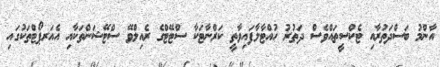
އާންމު ބަސްދަތުރާއި ޓެކްސީތައްވެސް ދަތުރު ހުއްޓާލާފައިވާތީ ކަރްނާޓަކާ ސްޓޭޓްގެ ރެއިލްވޭ ސްޓޭޝަންތަކާއި އެއަރޕޯޓްތަކުގައި